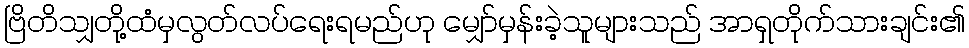
ဗြိတိသျှတို့ထံမှလွတ်လပ်ရေးရမည်ဟု မျှော်မှန်းခဲ့သူများသည် အာရှတိုက်သားချင်း၏